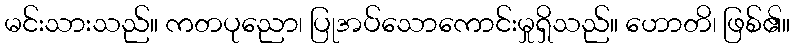
မင်းသားသည်။ ကတပုညော၊ ပြုအပ်သောကောင်းမှုရှိသည်။ ဟောတိ၊ ဖြစ်၏။